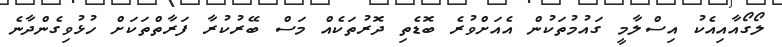
ލޯގޯއާއިއެކު އިސްލާމީ ގައުމުތަކުން އެއަށްވުރެ ބޮޑެތި ދޮރުތަކެއް މަސް ބޭރުކުރާ ފަރާތްތަކަށް ހުޅުވިގެންދާނެ